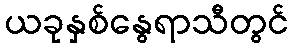
ယခုနှစ်နွေရာသီတွင်